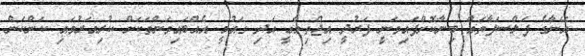
އޭނާގެ ފަލްސަފާތައް ބިނާކޮށްފައިވަނީ ފަރުދީ އިޖްތިމާޢީ އަދި ގައުމީ އެއްބައިވަންތަކަށް ކުރިއަރުވައި ކަންކަން